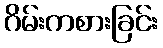
ဂိမ်းကစားခြင်း